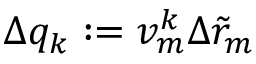
\Delta q _ { k } : = v _ { m } ^ { k } \Delta \tilde { r } _ { m }